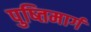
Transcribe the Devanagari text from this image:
पुष्तिमार्ग